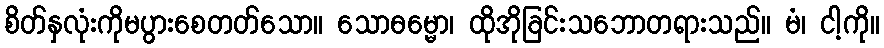
စိတ်နှလုံးကိုမပွားစေတတ်သော။ သောဓမ္မော၊ ထိုအိုခြင်းသဘောတရားသည်။ မံ၊ ငါ့ကို။